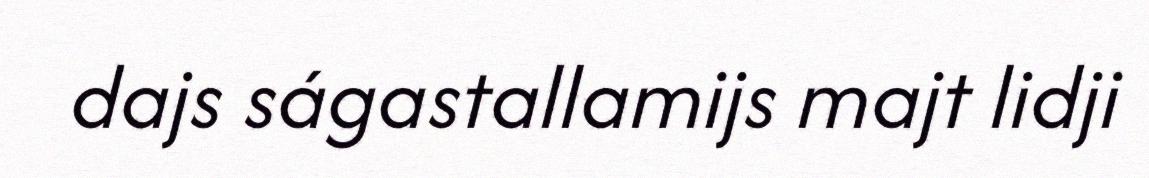
dajs ságastallamijs majt lidji